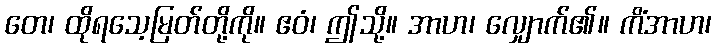
တေ၊ ထိုရသေ့မြတ်တို့ကို။ ဧဝံ၊ ဤသို့။ အာဟ၊ လျှောက်၏။ ကိံအာဟ၊